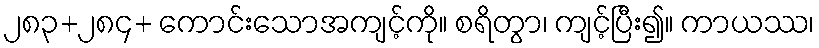
၂၈၃+၂၈၄+ ကောင်းသောအကျင့်ကို။ စရိတွာ၊ ကျင့်ပြီး၍။ ကာယဿ၊